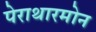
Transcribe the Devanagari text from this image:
पेराथारमोन